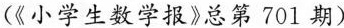
（《小学生数学报》总第701期）